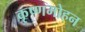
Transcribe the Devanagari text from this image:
कृष्णमोहन